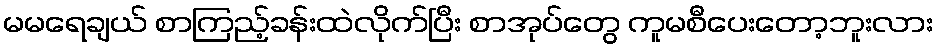
မမရေချယ် စာကြည့်ခန်းထဲလိုက်ပြီး စာအုပ်တွေ ကူမစီပေးတော့ဘူးလား